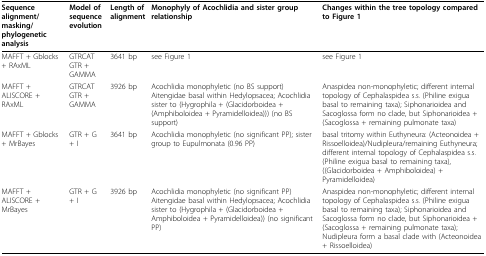
| Sequence alignment/masking/phylogenetic analysis | Model of sequence evolution | Length of alignment | Monophyly of Acochlidia and sister group relationship | Changes within the tree topology compared to Figure 1 |
 | --- | --- | --- | --- | --- |
 | MAFFT + Gblocks + RAxML | GTRCAT GTR + GAMMA | 3641 bp | see Figure 1 | see Figure 1 |
 | MAFFT + ALISCORE + RAxML | GTRCAT GTR + GAMMA | 3926 bp | Acochlidia monophyletic (no BS support) Aitengidae basal within Hedylopsacea; Acochlidia sister to (Hygrophila + (Glacidorboidea + (Amphiboloidea + Pyramidelloidea))) (no BS support) | Anaspidea non-monophyletic; different internal topology of Cephalaspidea s.s. (Philine exigua basal to remaining taxa); Siphonarioidea and Sacoglossa form no clade, but Siphonarioidea + (Sacoglossa + remaining pulmonate taxa) |
 | MAFFT + Gblocks + MrBayes | GTR + G + I | 3641 bp | Acochlidia monophyletic (no significant PP); sister group to Eupulmonata (0.96 PP) | basal tritomy within Euthyneura: (Acteonoidea + Rissoelloidea)/Nudipleura/remaining Euthyneura; different internal topology of Cephalaspidea s.s. (Philine exigua basal to remaining taxa), ((Glacidorboidea + Amphiboloidea) + Pyramidelloidea) |
 | MAFFT + ALISCORE + MrBayes | GTR + G + I | 3926 bp | Acochlidia monophyletic (no significant PP) Aitengidae basal within Hedylopsacea; Acochlidia sister to (Hygrophila + (Glacidorboidea + Amphiboloidea + Pyramidelloidea)) (no significant PP) | Anaspidea non-monophyletic; different internal topology of Cephalaspidea s.s. (Philine exigua basal to remaining taxa); Siphonarioidea and Sacoglossa form no clade, but Siphonarioidea + (Sacoglossa + remaining pulmonate taxa); Nudipleura form a basal clade with (Acteonoidea + Rissoelloidea) |